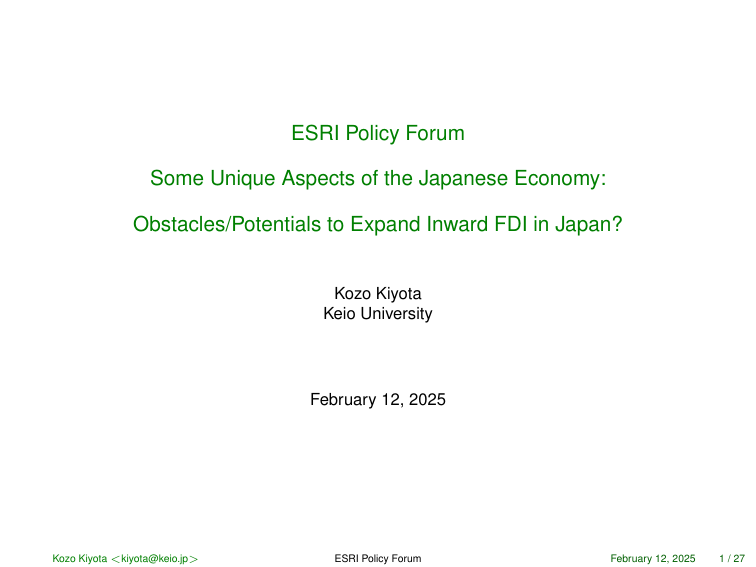
ESRI Policy Forum
Some Unique Aspects of the Japanese Economy:
Obstacles/Potentials to Expand Inward FDI in Japan?

Kozo Kiyota
Keio University

February 12, 2025

Kozo Kiyota <kiyota@keio.jp>
ESRI Policy Forum
February 12, 2025
1 / 27